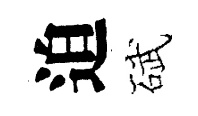
迫碔